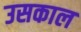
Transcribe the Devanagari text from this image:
उसकाल